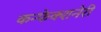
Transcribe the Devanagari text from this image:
कन्फेक्शनेरी